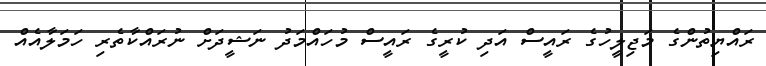
ރައްޔިތުންގެ މަޖިލީހުގެ ރައީސް އަދި ކުރީގެ ރައީސް މުހައްމަދު ނަޝީދަށް ނުރައްކާތެރި ހަމަލާއެއް